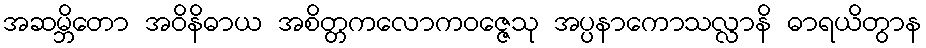
အဆမ္ဘိတော အဝိနိဓာယ အစိတ္တကလောကဝဇ္ဇေသု အပ္ပနာကောသလ္လာနိ ဓာရယိတွာန